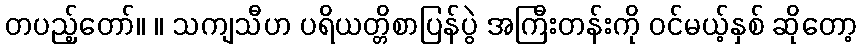
တပည့်တော်။ ။ သကျသီဟ ပရိယတ္တိစာပြန်ပွဲ အကြီးတန်းကို ဝင်မယ့်နှစ် ဆိုတော့